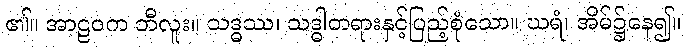
၏။ အာဠဝက ဘီလူး။ သဒ္ဓဿ၊ သဒ္ဓါတရားနှင့်ပြည့်စုံသော။ ဃရံ၊ အိမ်၌နေ၍။